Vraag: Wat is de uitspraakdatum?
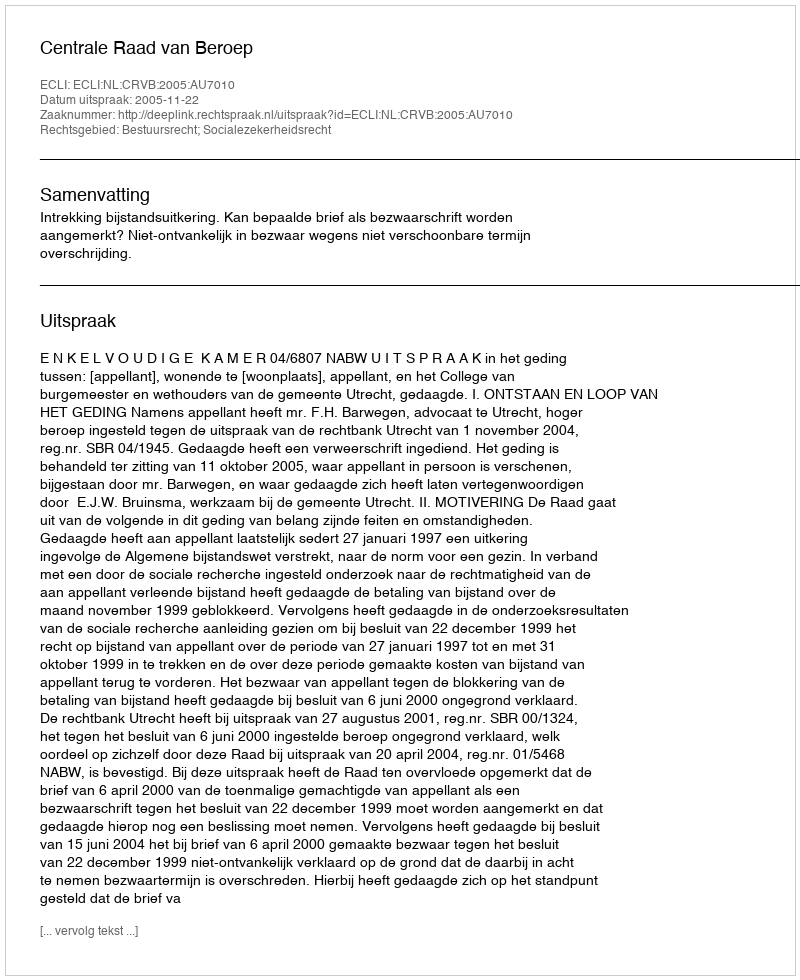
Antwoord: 2005-11-22